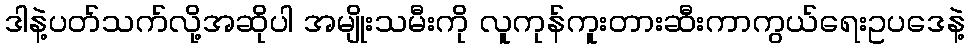
ဒါနဲ့ပတ်သက်လို့အဆိုပါ အမျိုးသမီးကို လူကုန်ကူးတားဆီးကာကွယ်ရေးဥပဒေနဲ့